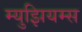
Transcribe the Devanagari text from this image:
म्‍युझियम्‍स